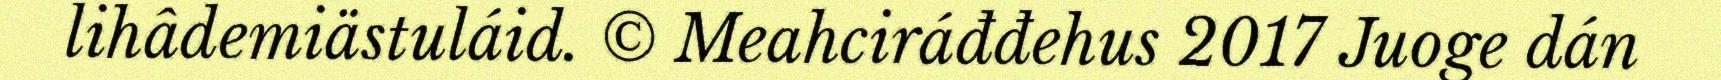
lihâdemiästuláid. © Meahciráđđehus 2017 Juoge dán